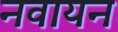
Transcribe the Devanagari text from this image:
नवायन